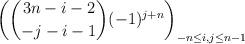
LaTeX: \begin{align*}\left( \binom{3n-i-2}{-j-i-1}(-1)^{j+n} \right)_{-n \leq i,j \leq n-1}\end{align*}